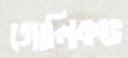
গোলিকভ